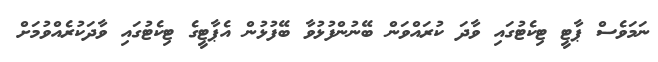
ނަމަވެސް ޕާޓީ ޓިކެޓުގައި ވާދަ ކުރައްވަން ބޭނުންފުޅުވާ ބޭފުޅުން އެޕާޓީގެ ޓިކެޓުގައި ވާދަކުރެއްވުމަށް